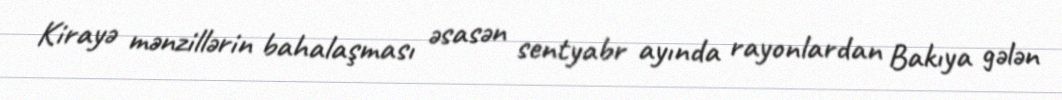
Kirayə mənzillərin bahalaşması əsasən sentyabr ayında rayonlardan Bakıya gələn